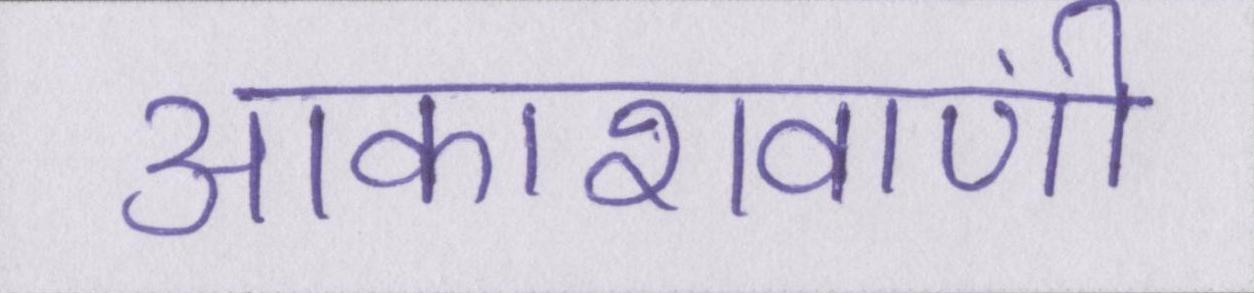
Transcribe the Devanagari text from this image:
आकाशवाणी